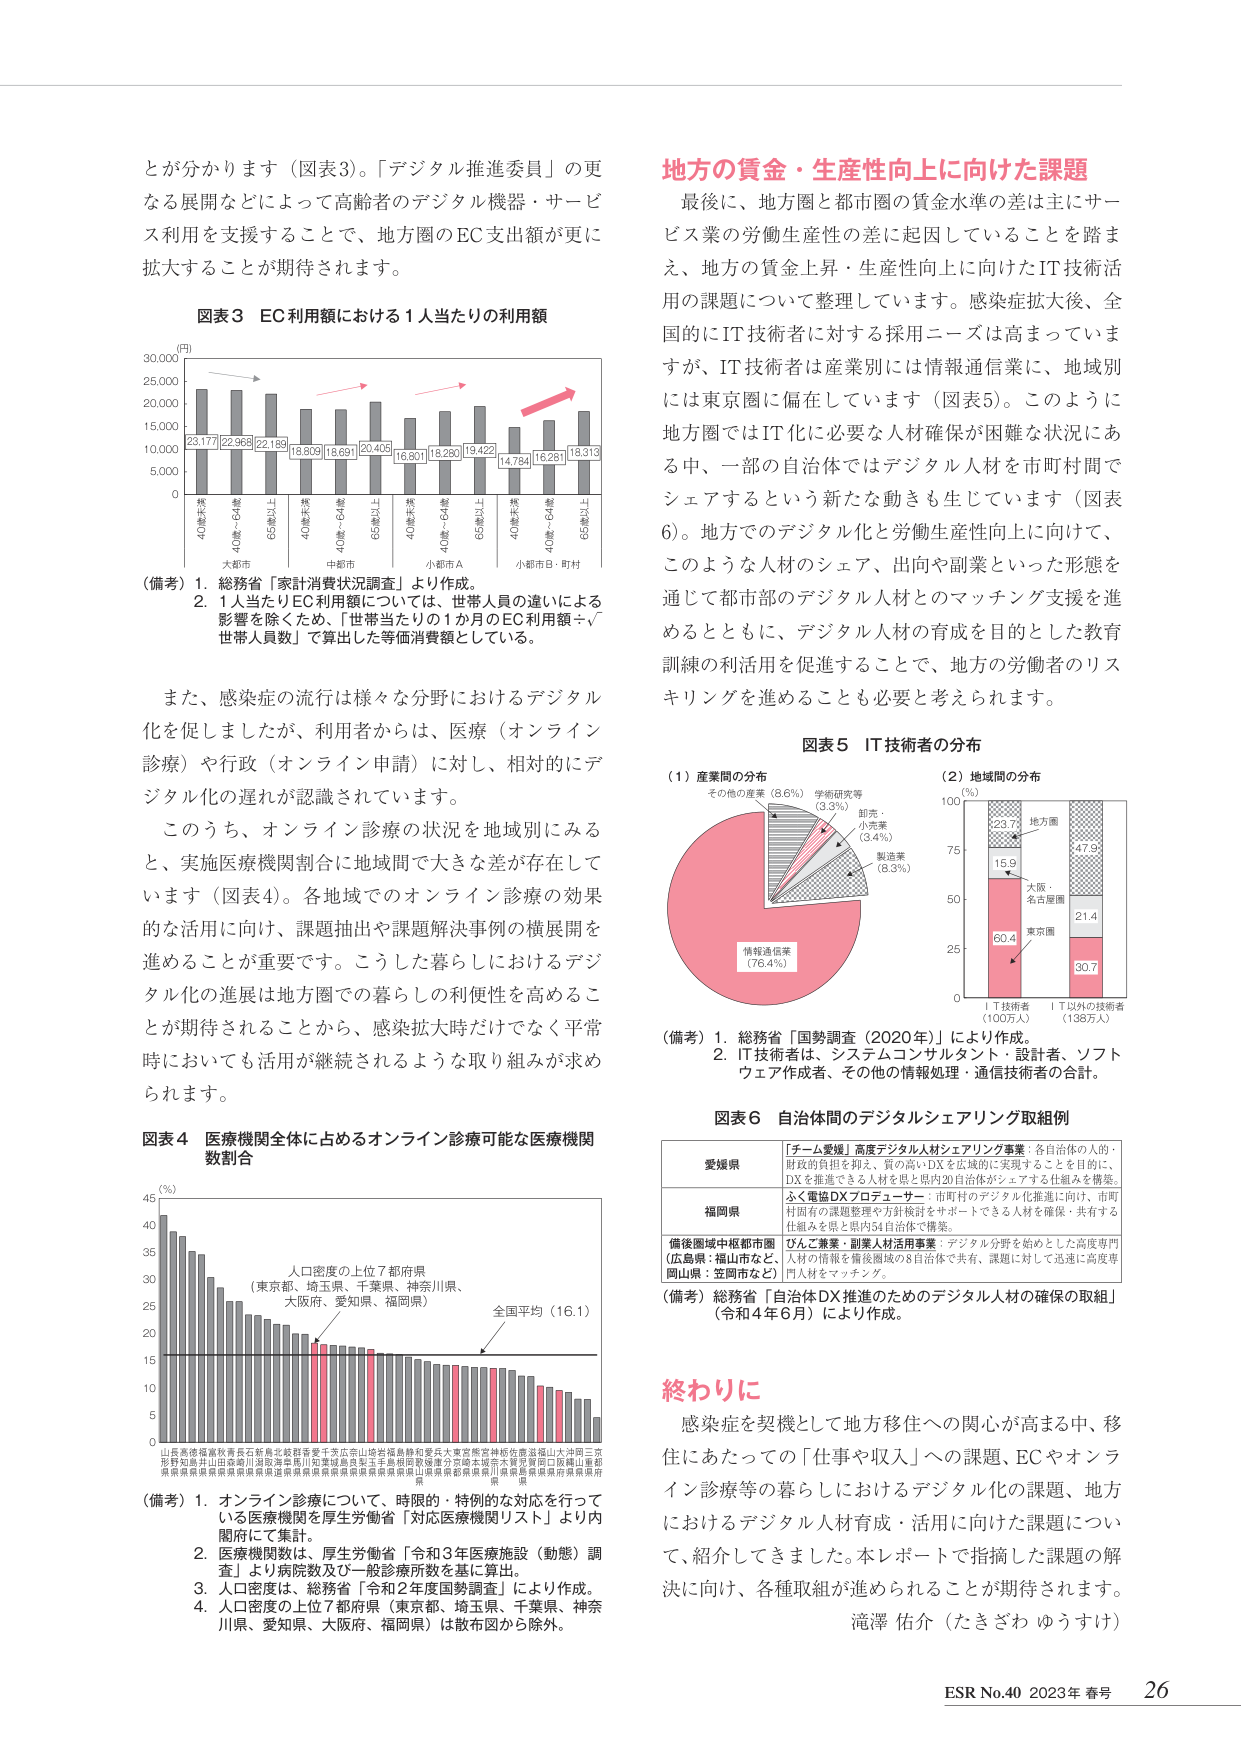
とが分かります（図表3）。「デジタル推進委員」の更なる展開などによって高齢者のデジタル機器・サービス利用を支援することで、地方圏のEC支出額が更に拡大することが期待されます。

図表3 EC利用額における1人当たりの利用額

（円）
30,000
25,000
20,000
15,000
10,000
5,000
0

（備考）1. 総務省「家計消費状況調査」より作成。
2. 1人当たりEC利用額については、世帯人員の違いによる影響を除くため、「世帯当たりの1か月のEC利用額÷世帯人員数」で算出した等価消費額としている。

また、感染症の流行は様々な分野におけるデジタル化を促しましたが、利用者からは、医療（オンライン診療）や行政（オンライン申請）に対し、相対的にデジタル化の遅れが認識されています。

このうち、オンライン診療の状況を地域別にみると、実施医療機関割合に地域間で大きな差が存在しています（図表4）。各地域でのオンライン診療の効果的な活用に向け、課題抽出や課題解決事例の横展開を進めることが重要です。こうした暮らしにおけるデジタル化の進展は地方圏での暮らしの利便性を高めることが期待されることから、感染拡大時だけでなく平常時においても活用が継続されるような取り組みが求められます。

図表4 医療機関全体に占めるオンライン診療可能な医療機関数割合

（％）
45
40
35
30
25
20
15
10
5
0

人口密度の上位7都府県
（東京都、埼玉県、千葉県、神奈川県、
大阪府、愛知県、福岡県）
全国平均（16.1）

（備考）1. オンライン診療について、時限的・特例的な対応を行っている医療機関を厚生労働省「対応医療機関リスト」より内閣府にて集計。
2. 医療機関数は、厚生労働省「令和3年医療施設（動態）調査」より病院数及び一般診療所数を基に算出。
3. 人口密度は、総務省「令和2年度国勢調査」により作成。
4. 人口密度の上位7都府県（東京都、埼玉県、千葉県、神奈川県、愛知県、大阪府、福岡県）は散布図から除外。

地方の賃金・生産性向上に向けた課題

最後に、地方圏と都市圏の賃金水準の差は主にサービス業の労働生産性の差に起因していることを踏まえ、地方の賃金上昇・生産性向上に向けたIT技術活用の課題について整理しています。感染症拡大後、全国的にIT技術者に対する採用ニーズは高まっていますが、IT技術者は産業別には情報通信業に、地域別には東京圏に偏在しています（図表5）。このように地方圏ではIT化に必要な人材確保が困難な状況にある中、一部の自治体ではデジタル人材を市町村間でシェアするという新たな動きも生じています（図表6）。地方でのデジタル化と労働生産性向上に向けて、このような人材のシェア、出向や副業といった形態を通じて都市部のデジタル人材とのマッチング支援を進めるとともに、デジタル人材の育成を目的とした教育訓練の利活用を促進することで、地方の労働者のリスキリングを進めることが必要と考えられます。

図表5 IT技術者の分布

（1）産業別の分布
その他の産業（8.6％）
学術研究等（3.3％）
卸売・小売業（3.4％）
製造業（8.3％）
情報通信業（76.4％）

（2）地域別の分布
（％）
100
75
50
25
0
IT技術者（100万人）
IT以外の技術者（138万人）
地方圏 23.7
大阪・名古屋圏 15.9
東京圏 60.4
47.9
21.4
30.7

（備考）1. 総務省「国勢調査（2020年）」により作成。
2. IT技術者は、システムコンサルタント・設計者、ソフトウェア作成者、その他の情報処理・通信技術者の合計。

図表6 自治体間のデジタルシェアリング取組例

愛媛県
「チーム愛媛」高度デジタル人材シェアリング事業：各自治体の人的・財政的負担を抑え、質の高いDXを広域的に実現することを目的に、DXを推進できる人材を県と県内20自治体がシェアする仕組みを構築。

福岡県
ふく電協DXプロデューサー：市町村のデジタル化推進に向け、市町村固有の課題整理や方針検討をサポートできる人材を確保・共有する仕組みを県と県内34自治体で構築。

備後圏域中核都市圏
（広島県：福山市など、
岡山県：笠岡市など）
ひんご兼業・副業人材活用事業：デジタル分野を始めとした高度専門人材の情報を備後圏域の8自治体で共有、課題に対して迅速に高度専門人材をマッチング。

（備考）総務省「自治体DX推進のためのデジタル人材の確保の取組」（令和4年6月）により作成。

終わりに

感染症を契機として地方移住への関心が高まる中、移住にあたっての「仕事や収入」への課題、ECやオンライン診療等の暮らしにおけるデジタル化の課題、地方におけるデジタル人材育成・活用に向けた課題について、紹介してきました。本レポートで指摘した課題の解決に向け、各種取組が進められることが期待されます。

滝澤 佑介（たきざわ ゆうすけ）

ESR No.40 2023年 春号 26